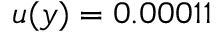
u ( y ) = 0 . 0 0 0 1 1